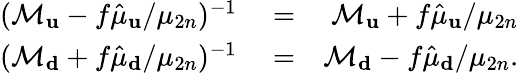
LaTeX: \begin{array}{rlr}{(\mathcal{M}_{\mathbf u}-f\hat{\mu}_{\mathbf u}/\mu_{2n})^{-1}}&{{}=}&{\mathcal{M}_{\mathbf u}+f\hat{\mu}_{\mathbf u}/\mu_{2n}}\\ {(\mathcal{M}_{\mathbf d}+f\hat{\mu}_{\mathbf d}/\mu_{2n})^{-1}}&{{}=}&{\mathcal{M}_{\mathbf d}-f\hat{\mu}_{\mathbf d}/\mu_{2n}.}\end{array}